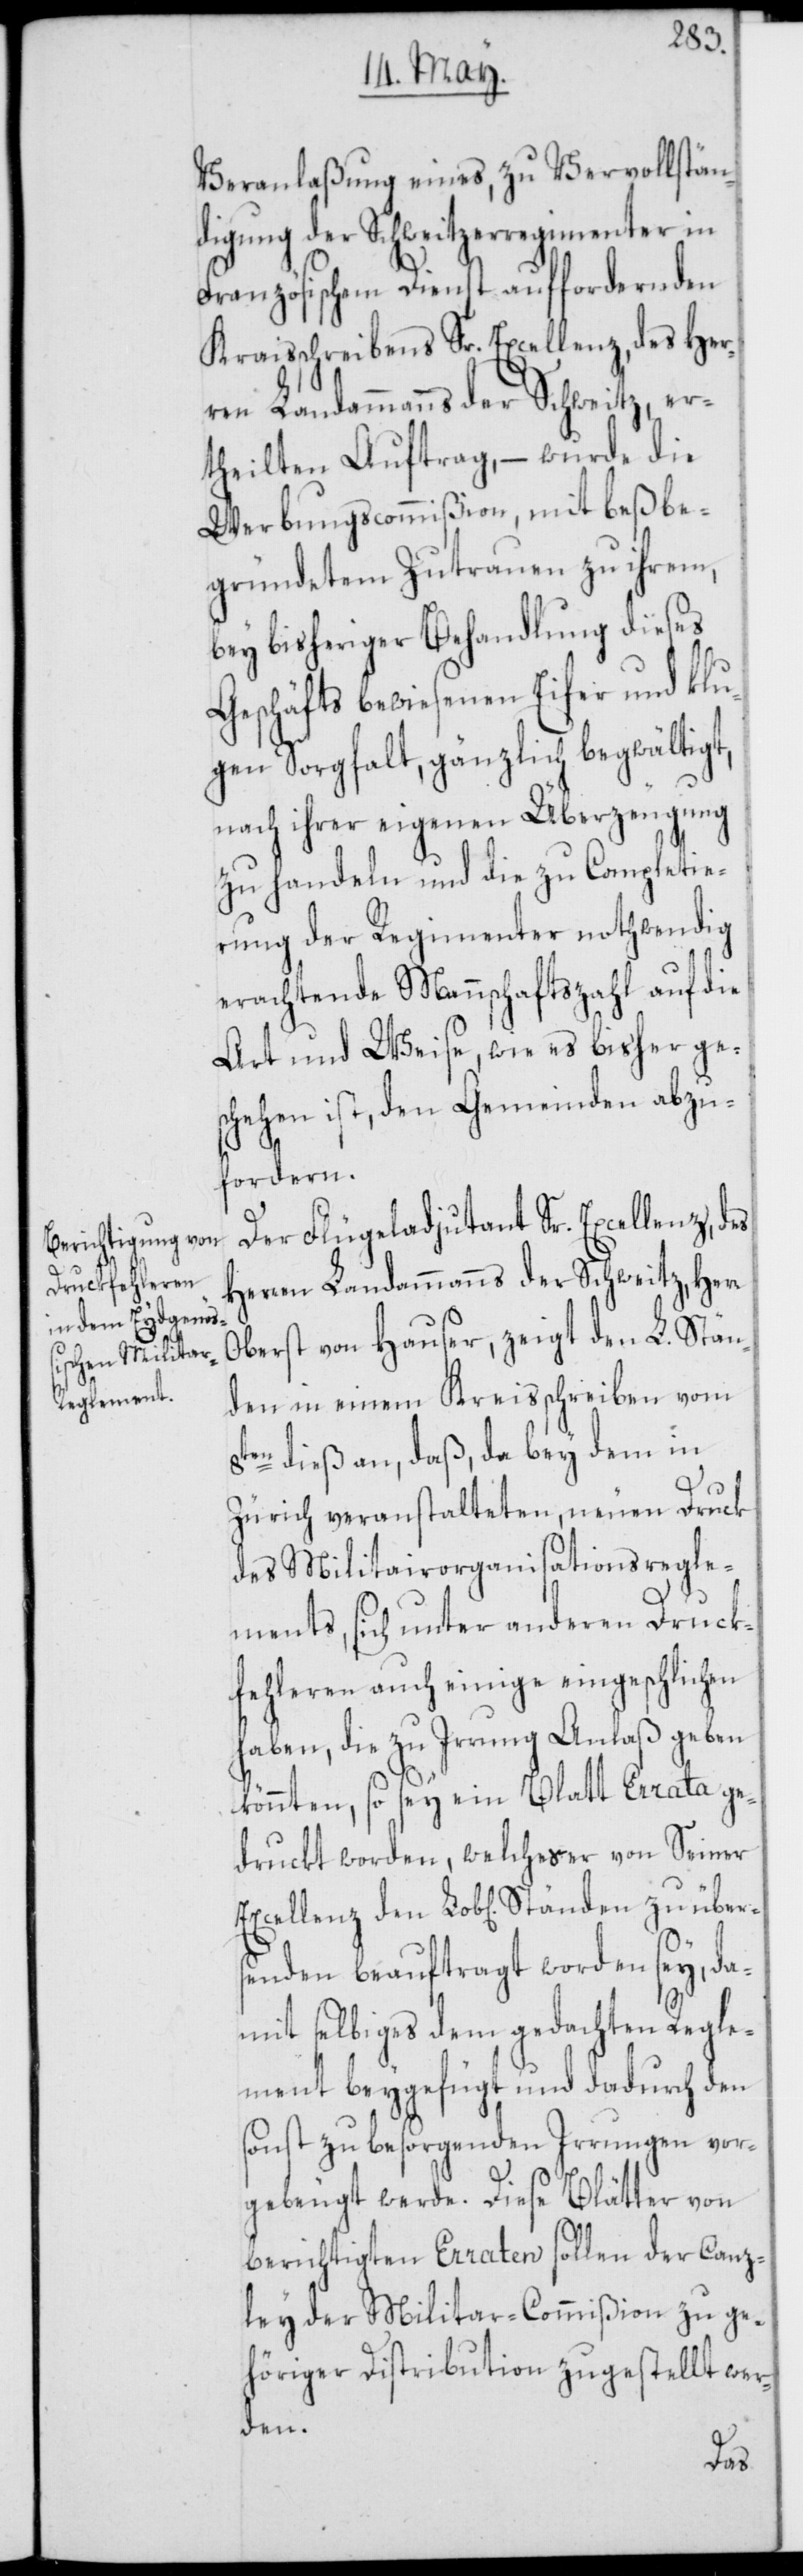
Veranlaßung eines, zu Vervollstän¬
digung der Schweitzerregimenter in
Französischem Dienst auffordernden
Kraisschreibens Sr. Excellenz, des Her¬
ren Landammanns der Schweitz, er¬
theilten Auftrag, – wurde die
Werbungscommißion, mit beß[t]be¬
gründetem Zutrauen zu ihrem,
bey bisheriger Behandlung dieses
Geschäfts bewiesenen Eifer und klu¬
gen Sorgfalt, gänzlich begwältigt,
nach ihrer eigenen Überzeugung
zu handeln und die zu Completie¬
rung der Regimenter nothwendig
erachtende Mannschaftszahl auf die
Art und Weise, wie es bisher ge¬
schehen ist, den Gemeinden abzu¬
fordern.
Der Flügeladjudant Sr. Excellenz, des
Herren Landammanns der Schweitz, Herr
Oberst von Hauser, zeigt den L. Stän¬
den in einem Kreisschreiben vom
8ten dieß an, daß, da bey dem in
Zürich veranstalteten, neuen Druck
des Militairorganisationsregle¬
ments, sich unter anderen Druck¬
fehleren auch einige eingeschlichen
haben, die zu Irrung Anlaß geben
könnten, so sey ein Blatt Errata ge¬
druckt worden, welches er von Seiner
senden beauftragt worden sey, da¬
mit selbiges dem gedachten Regle¬
ment beygefügt und dadurch den
sonst zu besorgenden Irrungen vor¬
gebeugt werde. Diese Blätter von
berichtigten Erraten sollen der Canz¬
ley der Militar-Commißion zu ge¬
höriger Distribution zugestellt wer¬
den.